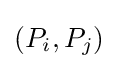
(P_{i},P_{j})